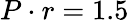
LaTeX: P\cdot r=1.5